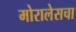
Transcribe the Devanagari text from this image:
मोरालेसचा